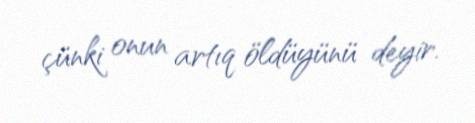
çünki onun artıq öldüyünü deyir.